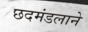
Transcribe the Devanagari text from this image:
छदमंडलाने